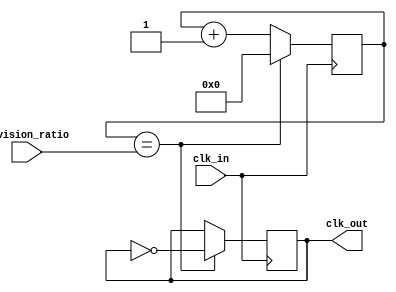
module Frequency_Synthesizer (
    input wire clk_in,
    input wire [7:0] division_ratio,
    output reg clk_out
    );

reg [7:0] counter;

always @(posedge clk_in) begin
    if (counter == division_ratio) begin
        clk_out <= ~clk_out;
        counter <= 0;
    end else begin
        counter <= counter + 1;
    end
end

endmodule